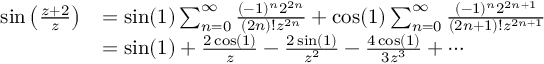
\begin{array} { r l } { \sin \left( \frac { z + 2 } z \right) } & { = \sin ( 1 ) \sum _ { n = 0 } ^ { \infty } \frac { ( - 1 ) ^ { n } 2 ^ { 2 n } } { ( 2 n ) ! z ^ { 2 n } } + \cos ( 1 ) \sum _ { n = 0 } ^ { \infty } \frac { ( - 1 ) ^ { n } 2 ^ { 2 n + 1 } } { ( 2 n + 1 ) ! z ^ { 2 n + 1 } } } \\ & { = \sin ( 1 ) + \frac { 2 \cos ( 1 ) } z - \frac { 2 \sin ( 1 ) } { z ^ { 2 } } - \frac { 4 \cos ( 1 ) } { 3 z ^ { 3 } } + \cdots } \end{array}